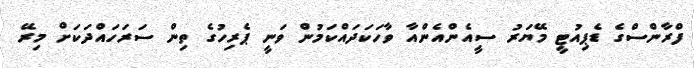
ފްރާންސްގެ ޑެޕިއުޓީ މޭޔަރު ސީއެންއެންއާ ވާހަކަދައްކަމުން ވަނީ ޕެރިހުގެ ތިން ސަރަހައްދަކަށް މިރޭ